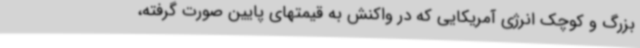
بزرگ و کوچک انرژی آمریکایی که در واکنش به قیمتهای پایین صورت گرفته،